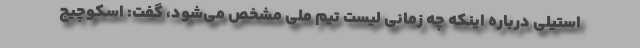
استیلی درباره اینکه چه زمانی لیست تیم ملی مشخص می‌شود، گفت: اسکوچیچ